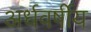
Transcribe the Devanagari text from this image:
अर्धवर्षीय